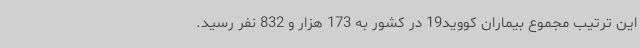
این ترتیب مجموع بیماران کووید19 در کشور به 173 هزار و 832 نفر رسید.